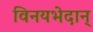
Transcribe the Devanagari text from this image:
विनयभेदान्